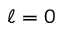
\ell = 0